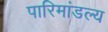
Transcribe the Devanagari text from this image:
पारिमांडल्य